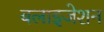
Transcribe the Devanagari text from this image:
बलाइजेशन